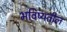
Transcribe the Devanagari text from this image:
भविष्यतील